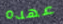
عهده